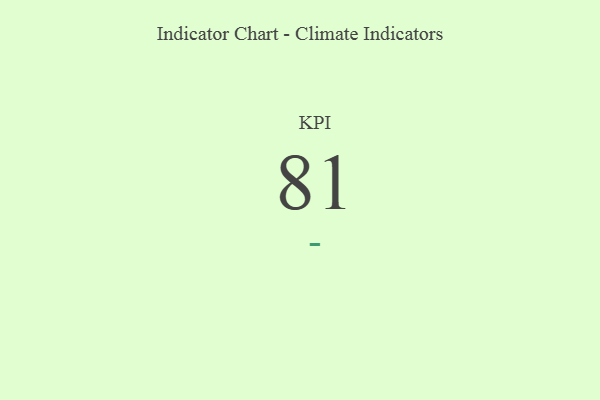
{"axis": {"x": "KPI", "y": "Value"}, "legend": [""], "data": [{"x": "KPI", "y": 81, "type": ""}]}